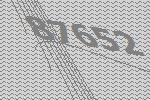
87652